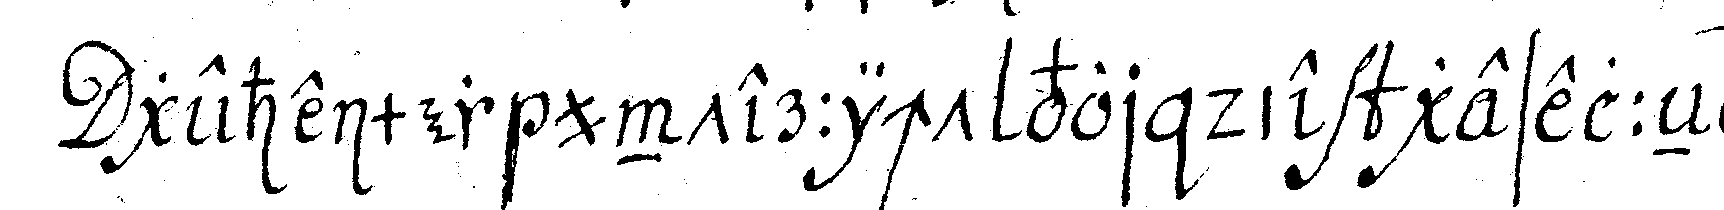
geheimer unterricht vor die geselleN .